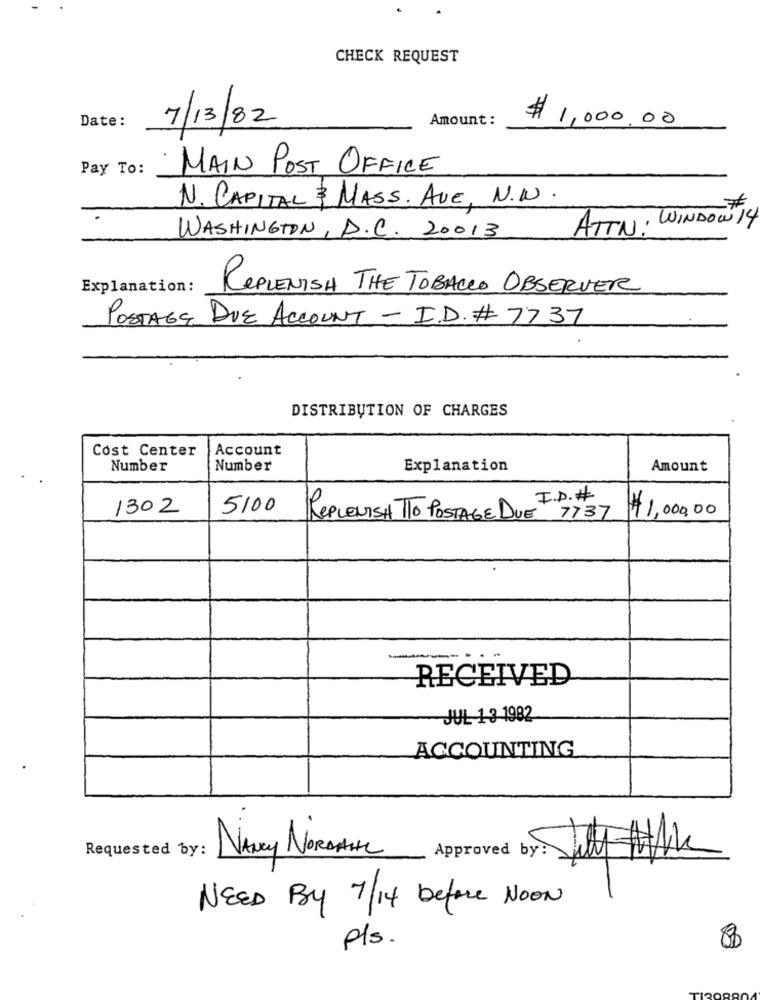
CHECK REQUEST
Date:
7/13/82
Amount :
$ 1,000.00
Pay To:
MAIN POST OFFICE
N. CAPITAL & MASS. AVE, N.W.
ATTN: WINDOW 14
WASHINGTON, D.C. 20013
Explanation :
REPLENISH THE TOBACCO OBSERVER
POSTAGE DUE ACCOUNT - I.D. # 7737
DISTRIBUTION OF CHARGES
Cost Center
Account
Number
Number
Explanation
Amount
1302
5100
REPLENISH TTO POSTAGE DUE 1
$ 1,000,00
RECEIVED
JUL 13-1982
ACCOUNTING
NANCY NORDAHL
Requested by:
Approved by:
NEED BY 7/14 before NOON
p/s.
8